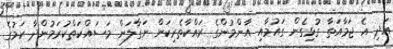
އަދި އެ ޖަމާއަތާ ގުޅިގެން ގައުމާއި އާންމުންގެ ރައްކާތެރިކަން ނަގާލަން މަސައްކަތްކުރަމުންދާ ކަމުގެ